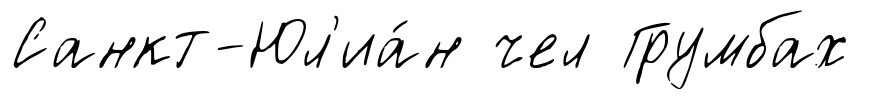
Санкт-Юл'иа́н чел Грумбах